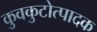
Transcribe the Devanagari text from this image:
कुवकुटोत्पादक